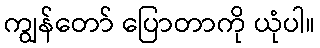
ကျွန်တော် ပြောတာကို ယုံပါ။